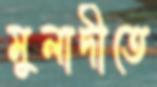
মুলাদীতে